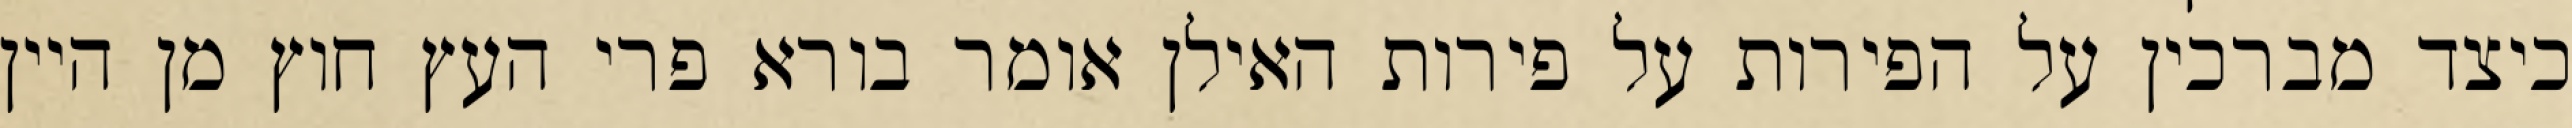
כיצד מברכין על הפירות על פירות האילן אומר בורא פרי העץ חוץ מן היין